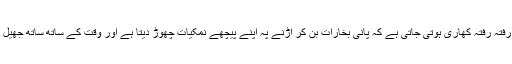
ہر وہ جھیل جس کے پانی کی نکاسی نہ ہوتی ہو رفتہ رفتہ کھاری ہوتی جاتی ہے کہ پانی بخارات بن کر اڑنے پہ اپنے پیچھے نمکیات چھوڑ دیتا ہے اور وقت کے ساتھ ساتھ جھیل کے پانی میں نمکیات کی مقدار بڑھتی جاتی ہے۔